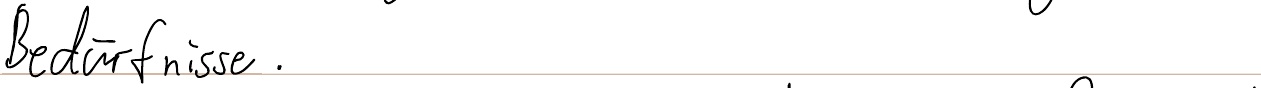
Bedürfnisse.